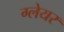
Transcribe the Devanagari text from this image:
ग्‍लेयर